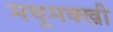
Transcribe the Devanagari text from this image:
मधूमक्खी